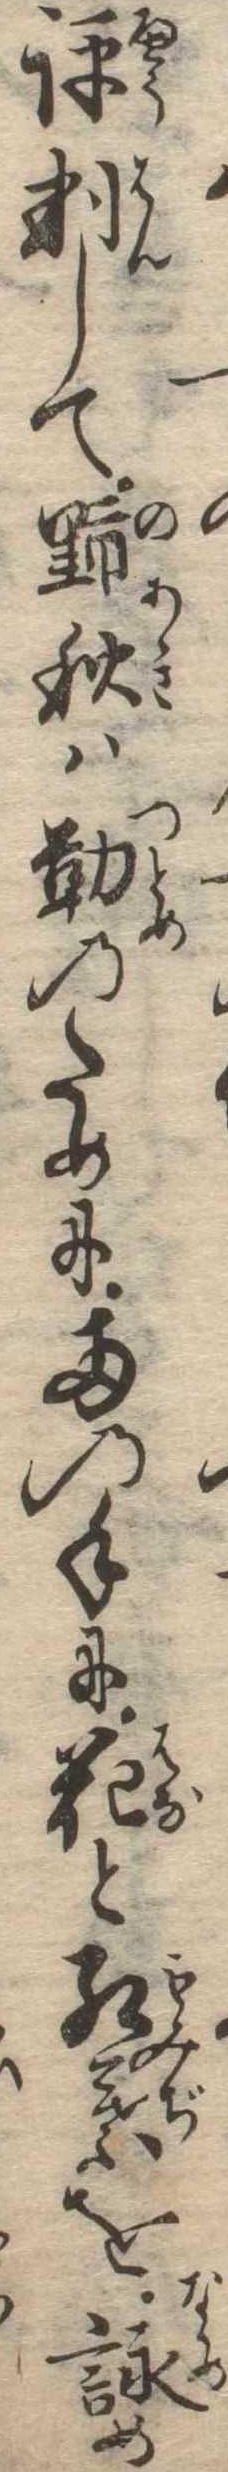
評判して野秋は勤のために両の手に花と紅葉を詠め